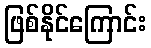
ဖြစ်နိုင်ကြောင်း